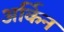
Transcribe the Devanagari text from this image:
अर्किन